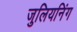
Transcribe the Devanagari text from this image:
जुलियनिंग